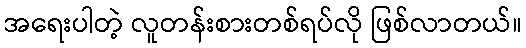
အရေးပါတဲ့ လူတန်းစားတစ်ရပ်လို ဖြစ်လာတယ်။